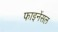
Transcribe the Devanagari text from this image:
फाइनेंसल